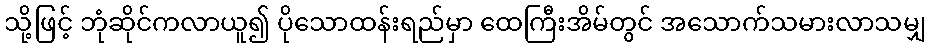
သို့ဖြင့် ဘုံဆိုင်ကလာယူ၍ ပိုသောထန်းရည်မှာ ထေကြီးအိမ်တွင် အသောက်သမားလာသမျှ